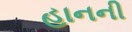
હાનની